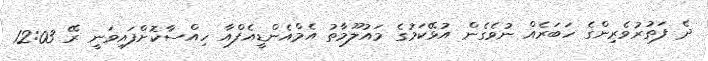
ދެ ފަތުރުވެރިންގެ ހަބަރެއް ނުވެގެން އުޅޭކަމުގެ މައުލޫމާތު އެމްއެންޑީއެފްއާ ހިއްސާކޮށްފައިވަނީ ރޭ 12:03